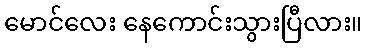
မောင်လေး နေကောင်းသွားပြီလား။